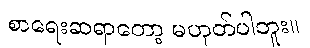
စာရေးဆရာတော့ မဟုတ်ပါဘူး။